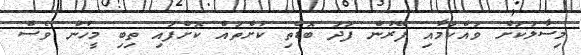
މިސާލަކަށް ވައްކަމާއި ފޭރުން ފަދަ ބޮޑެތި ކުށްތައް ކޮށްފައި ތިބި މީހުން ވެސް